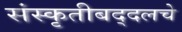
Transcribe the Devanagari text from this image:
संस्कृतीबद्दलचे